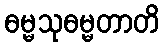
ဓမ္မသုဓမ္မတာတိ